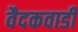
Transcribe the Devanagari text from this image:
वैदकवाडी